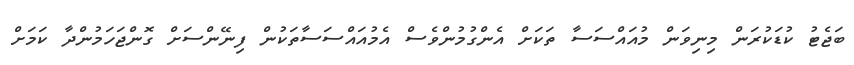
ބަޖެޓު ކުޑަކުރަން މިނިވަން މުއައްސަސާ ތަކަށް އެންގުމުންވެސް އެމުއައްސަސާތަކުން ފިނޭންސަށް ގޮންޖަހަމުންދާ ކަމަށް